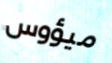
ميؤوس